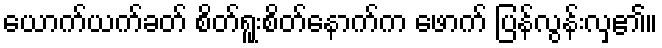
ယောက်ယက်ခတ် စိတ်ရူးစိတ်နောက်က ဖောက် ပြန်လွန်းလှ၏။